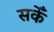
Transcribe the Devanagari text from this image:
सकेँ